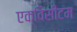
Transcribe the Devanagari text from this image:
एक्विसीटम